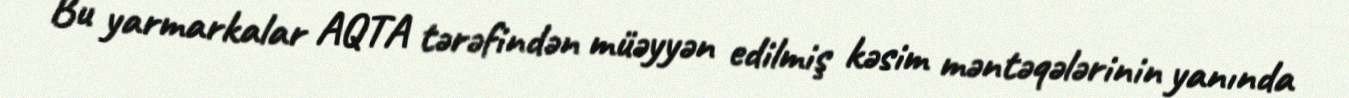
Bu yarmarkalar AQTA tərəfindən müəyyən edilmiş kəsim məntəqələrinin yanında